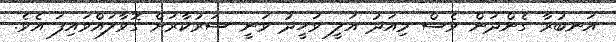
އަނބުރާ ގެންދަން ވެސް މިއަދު އަލީ ވަހީދު ވަނީ ސަރުކާރަށް ގޮވާލައްވައިފަ އެވެ.